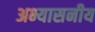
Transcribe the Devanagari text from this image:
अभ्यासनीय